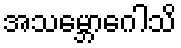
အသမ္ဘောဂေါသိ